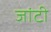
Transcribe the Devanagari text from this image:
जांटी